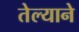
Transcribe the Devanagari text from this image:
तेल्याने